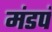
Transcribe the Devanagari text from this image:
मंडपं